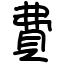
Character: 費